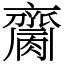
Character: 𪗌